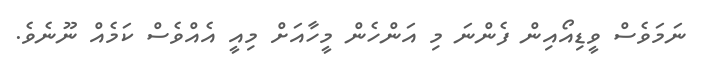
ނަމަވެސް ވީޑިއޯއިން ފެންނަ މި އަންހެން މީހާއަށް މިއީ އެއްވެސް ކަމެއް ނޫނެވެ.